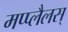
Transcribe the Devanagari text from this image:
मप्प्लैलस्